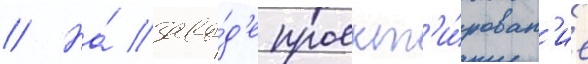
// На́ заво́д'е проект'и́рован'ие